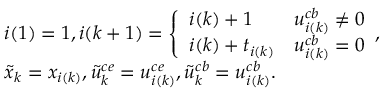
\begin{array} { r l } & { i ( 1 ) = 1 , i ( k + 1 ) = \left\{ \begin{array} { l l } { i ( k ) + 1 } & { { u } _ { i ( k ) } ^ { c b } \neq 0 } \\ { i ( k ) + t _ { i ( k ) } } & { { u } _ { i ( k ) } ^ { c b } = 0 } \end{array} , \right. } \\ & { \tilde { x } _ { k } = x _ { i ( k ) } , \tilde { u } _ { k } ^ { c e } = u _ { i ( k ) } ^ { c e } , \tilde { u } _ { k } ^ { c b } = u _ { i ( k ) } ^ { c b } . } \end{array}